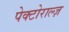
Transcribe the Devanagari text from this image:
पेक्टोराल्ज़